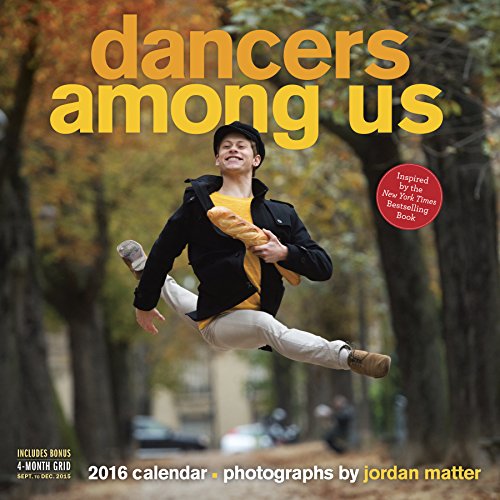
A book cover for Dancers Among Us Wall Calendar 2016; Calendars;